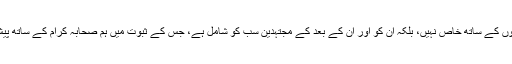
اور یہ سبب صحابہ کرام کے بعد آنے والوں کے ساتھ خاص نہیں، بلکہ ان کو اور ان کے بعد کے مجتہدین سب کو شامل ہے، جس کے ثبوت میں ہم صحابہ کرام کے ساتھ پیش آمدہ صرف دومثالوں کا ذکر کریں گے۔